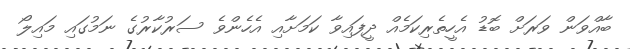
ބާއްވަން ވަރަށް ބޮޑު އެހީތެރިކަމެއް ދީފައިވާ ކަމަށާއި އެހެންވެ ސަރުކާރުގެ ނަމުގައި މައިލޯ